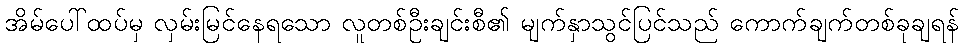
အိမ်ပေါ်ထပ်မှ လှမ်းမြင်နေရသော လူတစ်ဦးချင်းစီ၏ မျက်နှာသွင်ပြင်သည် ကောက်ချက်တစ်ခုချရန်